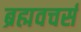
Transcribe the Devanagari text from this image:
ब्रह्मवचर्स